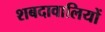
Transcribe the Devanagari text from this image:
शबदावालियों